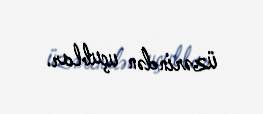
üzərindən uçublar.